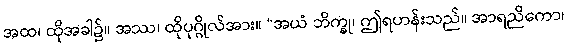
အထ၊ ထိုအခါ၌။ အဿ၊ ထိုပုဂ္ဂိုလ်အား။ “အယံ ဘိက္ခု၊ ဤရဟန်းသည်။ အာရညိကော၊